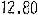
12.80